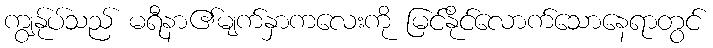
ကျွန်ုပ်သည် မရီနာ၏မျက်နှာကလေးကို မြင်နိုင်လောက်သောနေရာတွင်